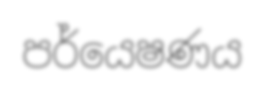
පර්යෙෂණය